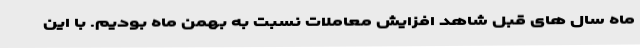
ماه سال های قبل شاهد افزایش معاملات نسبت به بهمن ماه بودیم. با این